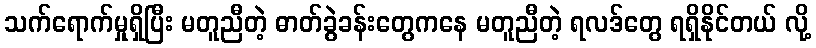
သက်ရောက်မှုရှိပြီး မတူညီတဲ့ ဓာတ်ခွဲခန်းတွေကနေ မတူညီတဲ့ ရလဒ်တွေ ရရှိနိုင်တယ် လို့